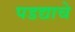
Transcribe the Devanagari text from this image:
पडद्याचे